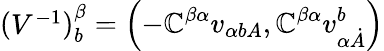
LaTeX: \left(\begin{array}{l}{{V^{-{1}}}}\end{array}\right)_{{b}}^{{\beta}}=\left(-\mathbb{C}^{{\beta}{\alpha}}v_{{\alpha}{{b}A}},\mathbb{C}^{{\beta}{\alpha}}v_{{\alpha}{\dot{{A}}}}^{{b}}\right)